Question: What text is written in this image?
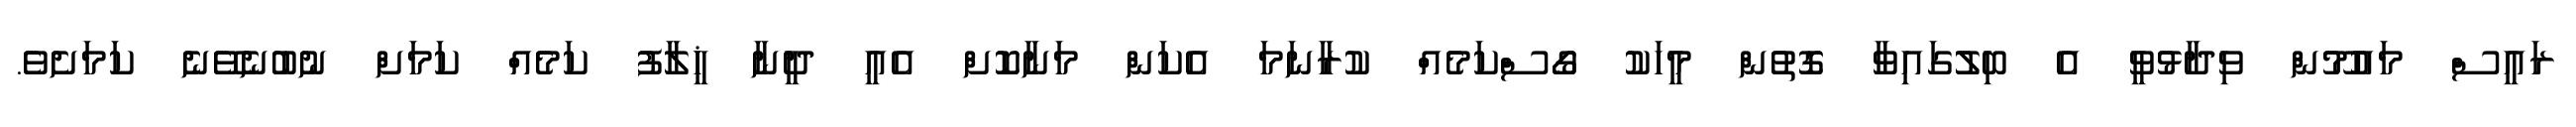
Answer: ރައީސް މައުމޫން ވިދާޅުވީ އެ ބިލުގައިވާ ގޮތުން މީހަކު ގޯސްކަމެއް ކުރާނަމަ އެކަން މަނާކޮށް އެއީ ދީނާ ޚީލާފު ކަމެއް ކަމަށް ނުބުނެވޭނެ ކަމަށެވެ.